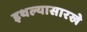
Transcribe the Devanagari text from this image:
इथल्यासारखे